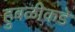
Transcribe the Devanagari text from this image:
हुबळीकडे